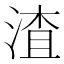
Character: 渣